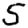
Digit: 5